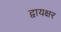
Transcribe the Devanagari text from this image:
द्वायक्षर